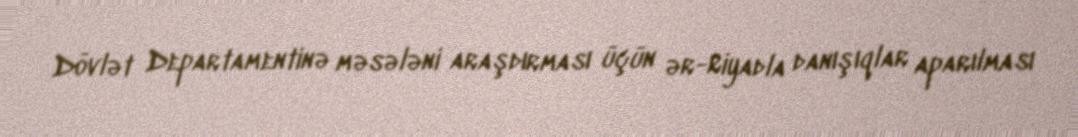
Dövlət Departamentinə məsələni araşdırması üçün ər-Riyadla danışıqlar aparılması